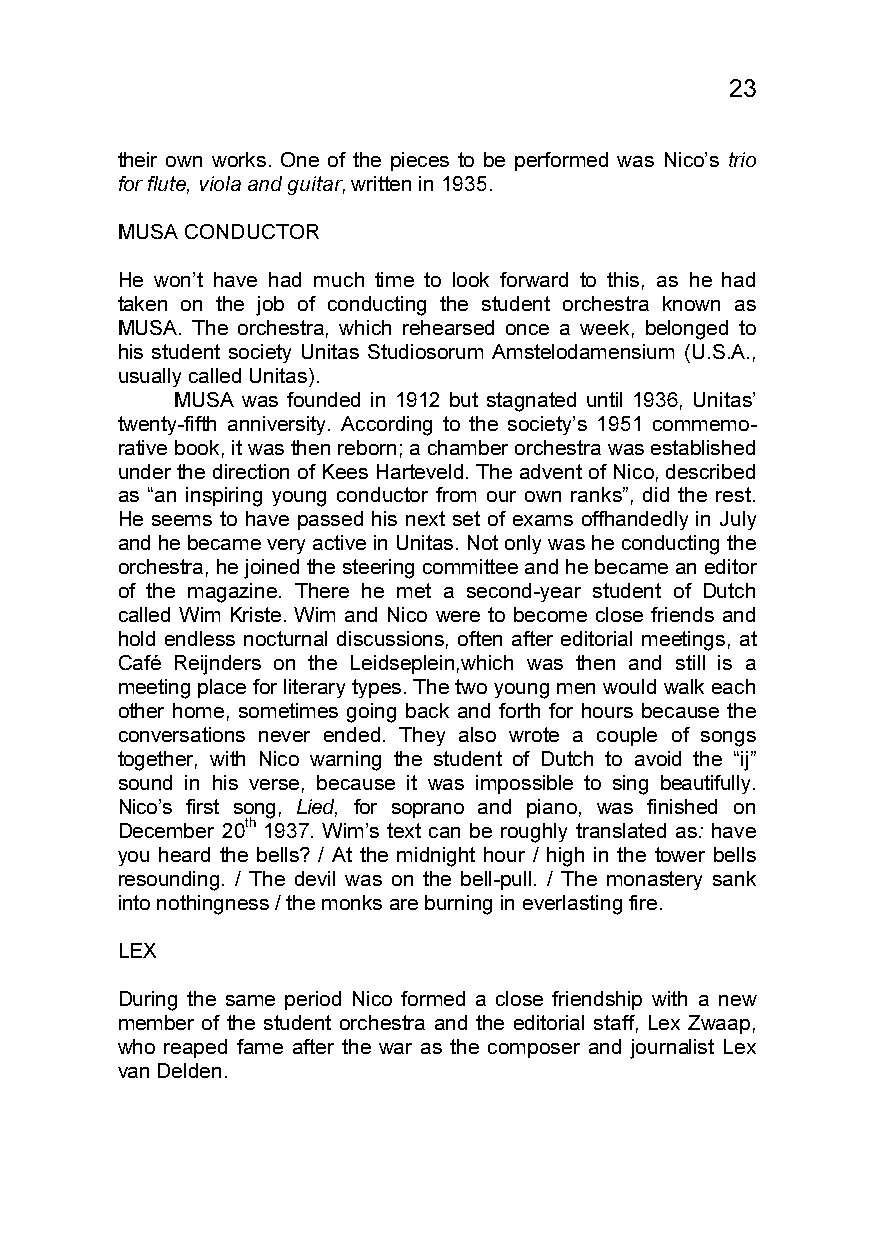
23
 their own works. One of the pieces to be performed was Nico’s trio
 for flute, viola and guitar, written in 1935.
 MUSA CONDUCTOR
 He won’t have had much time to look forward to this, as he had
 taken on the job of conducting the student orchestra known as
 MUSA. The orchestra, which rehearsed once a week, belonged to
 his student society Unitas Studiosorum Amstelodamensium (U.S.A.,
 usually called Unitas).
 MUSA was founded in 1912 but stagnated until 1936, Unitas’
 twenty-fifth anniversity. According to the society’s 1951 commemo-
 rative book, it was then reborn; a chamber orchestra was established
 under the direction of Kees Harteveld. The advent of Nico, described
 as “an inspiring young conductor from our own ranks”, did the rest.
 He seems to have passed his next set of exams offhandedly in July
 and he became very active in Unitas. Not only was he conducting the
 orchestra, he joined the steering committee and he became an editor
 of the magazine. There he met a second-year student of Dutch
 called Wim Kriste. Wim and Nico were to become close friends and
 hold endless nocturnal discussions, often after editorial meetings, at
 Café Reijnders on the Leidseplein,which was then and still is a
 meeting place for literary types. The two young men would walk each
 other home, sometimes going back and forth for hours because the
 conversations never ended. They also wrote a couple of songs
 together, with Nico warning the student of Dutch to avoid the “ij”
 sound in his verse, because it was impossible to sing beautifully.
 Nico’s first song, Lied, for soprano and piano, was finished on
 December 20th 1937. Wim’s text can be roughly translated as: have
 you heard the bells? / At the midnight hour / high in the tower bells
 resounding. / The devil was on the bell-pull. / The monastery sank
 into nothingness / the monks are burning in everlasting fire.
 LEX
 During the same period Nico formed a close friendship with a new
 member of the student orchestra and the editorial staff, Lex Zwaap,
 who reaped fame after the war as the composer and journalist Lex
 van Delden.